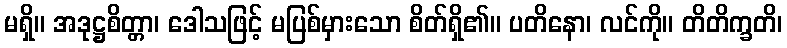
မရှိ။ အဒုဋ္ဌစိတ္တာ၊ ဒေါသဖြင့် မပြစ်မှားသော စိတ်ရှိ၏။ ပတိနော၊ လင်ကို။ တိတိက္ခတိ၊